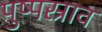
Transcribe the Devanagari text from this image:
पुष्पस्राव